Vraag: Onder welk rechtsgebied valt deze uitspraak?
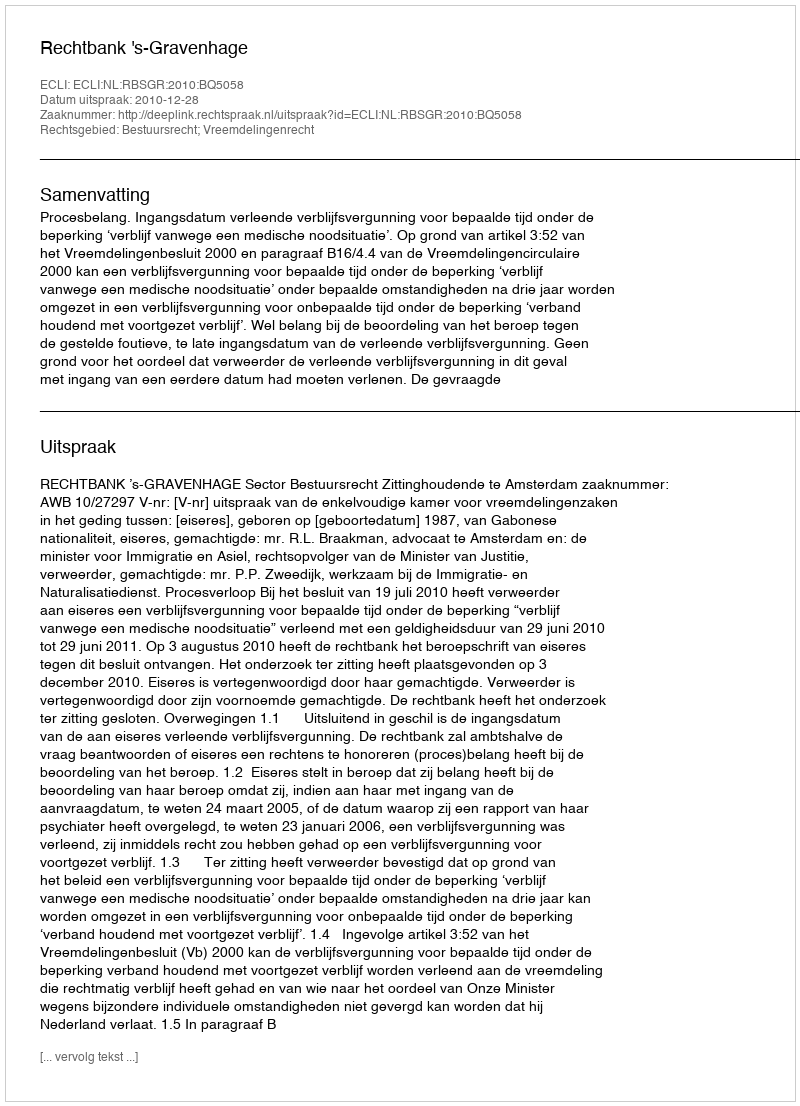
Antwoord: Bestuursrecht; Vreemdelingenrecht